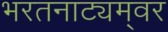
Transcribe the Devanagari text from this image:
भरतनाट्यम्‌वर